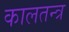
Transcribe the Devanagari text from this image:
कालतन्त्र